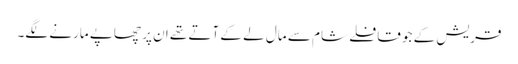
قریش کے جو قافلے شام سے مال لے کے آتے تھے ان پر چھاپے مارنے لگے۔